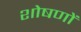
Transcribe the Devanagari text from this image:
शोषणों